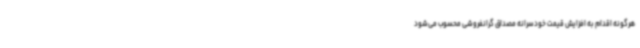
هرگونه اقدام به افزایش قیمت خودسرانه مصداق گرانفروشی محسوب می‌شود